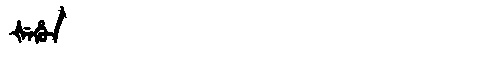
Manchu: ᡧᡝᡥᡠᠨ
Romanization: ŠEHUN